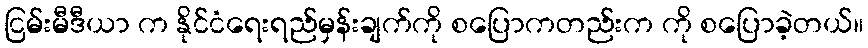
ငြမ်းမီဒီယာ က နိုင်ငံရေးရည်မှန်းချက်ကို စပြောကတည်းက ကို စပြောခဲ့တယ်။